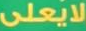
لايعلى